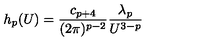
h _ { p } ( U ) = { \frac { c _ { p + 4 } } { ( 2 \pi ) ^ { p - 2 } } } { \frac { \lambda _ { p } } { U ^ { 3 - p } } }